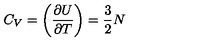
C _ { V } = \biggl ( { \frac { \partial U } { \partial T } } \biggr ) = { \frac { 3 } { 2 } } N